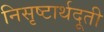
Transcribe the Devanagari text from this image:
निसृष्टार्थदूती